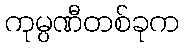
ကုမ္ပဏီတစ်ခုက